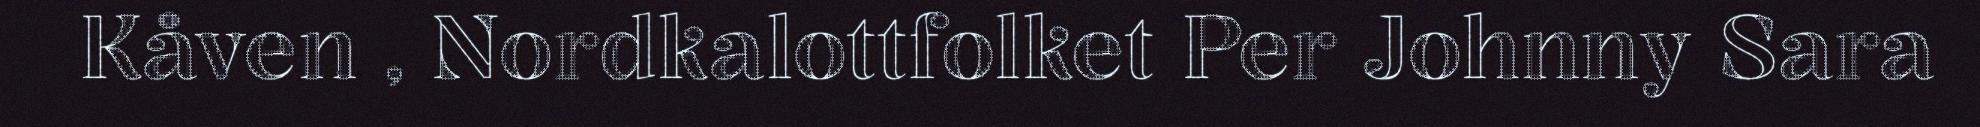
Kåven , Nordkalottfolket Per Johnny Sara